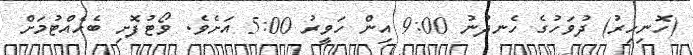
(ހޮނިހިރު) ދުވަހުގެ ހެނދުނު 9:00 އިން ހަވީރު 5:00 އަށެވެ. ވޯޓުފޮށި ބެހެއްޓުމަށް